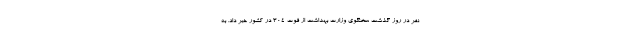
نفر در روز گذشت سخنگوی وزارت بهداشت از فوت ۳۰۴ در کشور خبر داد. به